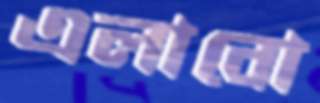
এলাবো